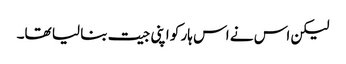
لیکن اس نے اس ہار کو اپنی جیت بنا لیا تھا۔